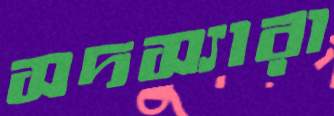
সদস্যারা